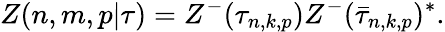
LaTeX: Z(n,m,p|\tau)=Z^{-}(\tau_{n,k,p})Z^{-}(\bar{\tau}_{n,k,p})^{*}.